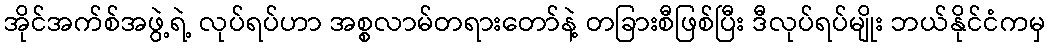
အိုင်အက်စ်အဖွဲ့ရဲ့ လုပ်ရပ်ဟာ အစ္စလာမ်တရားတော်နဲ့ တခြားစီဖြစ်ပြီး ဒီလုပ်ရပ်မျိုး ဘယ်နိုင်ငံကမှ